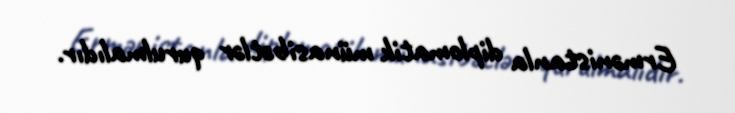
Ermənistanla diplomatik münasibətlər qurulmalıdır.